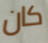
كان